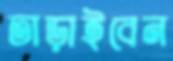
তাড়াইবেন